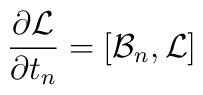
{\partial{\cal L}\over\partial t_n} = [{\cal B}_n,{\cal L}]